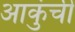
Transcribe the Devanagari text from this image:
आकुंची